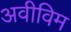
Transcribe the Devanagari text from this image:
अवीविम